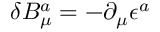
\delta B _ { \mu } ^ { a } = - \partial _ { \mu } \epsilon ^ { a }